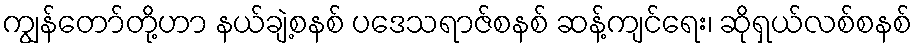
ကျွန်တော်တို့ဟာ နယ်ချဲ့စနစ် ပဒေသရာဇ်စနစ် ဆန့်ကျင်ရေး၊ ဆိုရှယ်လစ်စနစ်